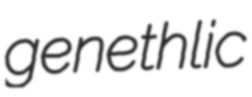
genethlic